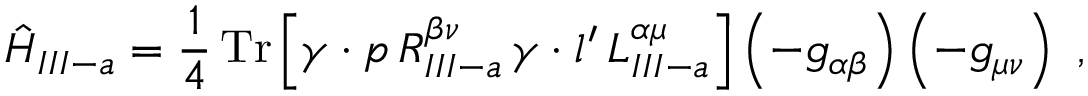
\hat { H } _ { I I I - a } = \frac { 1 } { 4 } \, \mathrm { T r } \left[ \gamma \cdot p \, R _ { I I I - a } ^ { \beta \nu } \, \gamma \cdot l ^ { \prime } \, L _ { I I I - a } ^ { \alpha \mu } \right] \left( - g _ { \alpha \beta } \right) \left( - g _ { \mu \nu } \right) \ ,